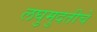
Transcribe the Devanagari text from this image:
लघुमुदतीचे